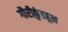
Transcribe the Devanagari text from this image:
गौरीकुंडहून